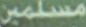
مسلمین